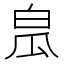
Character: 𤽡